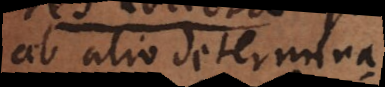
ab alio determinat